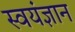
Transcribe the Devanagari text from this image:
स्वयंज्ञान